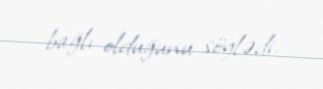
bağlı olduğunu söylədi.